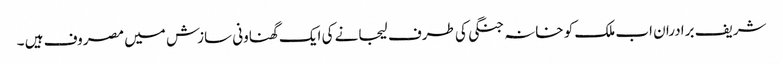
شریف برادران اب ملک کو خانہ جنگی کی طرف لیجانے کی ایک گھناونی سازش میں مصروف ہیں ۔